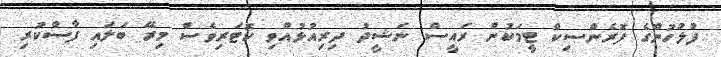
ފުލުހުންގެ ފޮރެންސިކް ޓީމަކުން ރައީސް ނަޝީދު ދިރިއުޅުއްވި ކޮޓަރިވެސް މިރޭ ބަލައި ފާސްކުރި